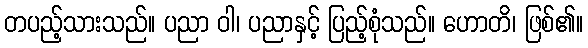
တပည့်သားသည်။ ပညာ ဝါ၊ ပညာနှင့် ပြည့်စုံသည်။ ဟောတိ၊ ဖြစ်၏။